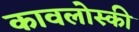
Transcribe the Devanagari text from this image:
कावलोस्की